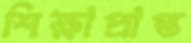
শিক্ষাপ্রাপ্ত